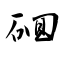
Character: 硘